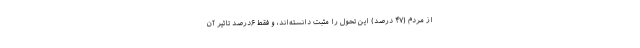
از مردم (۴۷ درصد) این تحول را مثبت دانسته‌اند، و فقط ۶درصد تاثیر آن